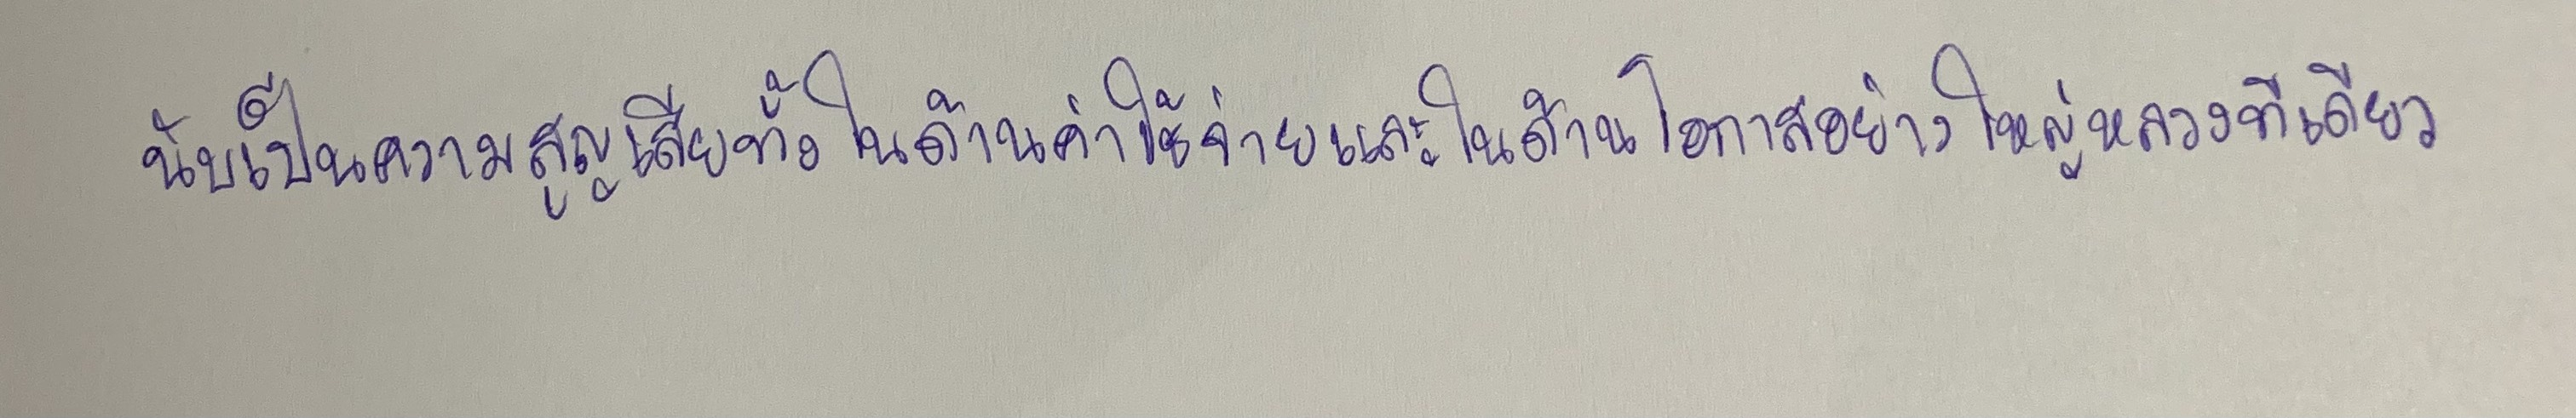
นับเป็นความสูญเสียทั้งในด้านค่าใช้จ่ายและในด้านโอกาสอย่างใหญ่หลวงทีเดียว